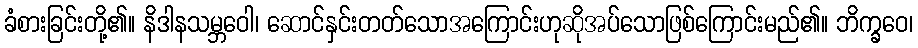
ခံစားခြင်းတို့၏။ နိဒါနသမ္ဘဝေါ၊ ဆောင်နှင်းတတ်သောအကြောင်းဟုဆိုအပ်သောဖြစ်ကြောင်းမည်၏။ ဘိက္ခဝေ၊